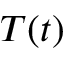
T ( t )